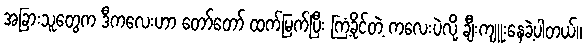
အခြားသူတွေက ဒီကလေးဟာ တော်တော် ထက်မြက်ပြီး ကြံ့ခိုင်တဲ့ ကလေးပဲလို့ ချီးကျူးနေခဲ့ပါတယ်။